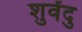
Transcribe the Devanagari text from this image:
शुवेंदु